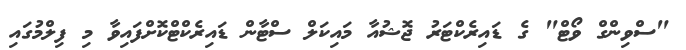
"ސްވިންގް ވޯޓް" ގެ ޑައިރެކްޓަރު ޖޮޝުއާ މައިކަލް ސްޓާން ޑައިރެކްޓްކޮށްފައިވާ މި ފިލްމުގައި